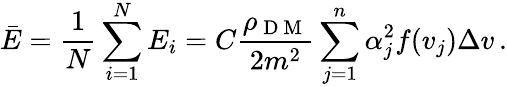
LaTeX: \bar{E}=\frac 1N\sum_{i=1}^{N}E_{i}=C\frac{\rho_{\mathrm{~D~M~}}}{2m^{2}}\sum_{j=1}^{n}\alpha_{j}^{2}f(v_{j})\Delta v\, .